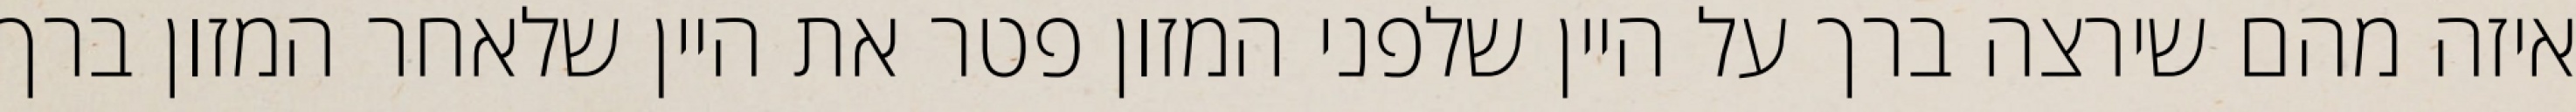
איזה מהם שירצה ברך על היין שלפני המזון פטר את היין שלאחר המזון ברך